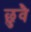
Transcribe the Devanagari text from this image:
छुवै